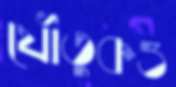
যৌতুকও